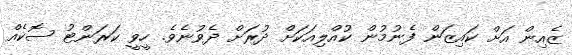
ޒެއިން އަށް ކައިޒަން ފެނުމުން ކުއްލިއަކަށް ދުރަށް ދެވުނެވެ. ހީވީ ކަރަންޓު ސޮކެއް